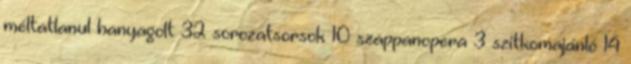
méltatlanul hanyagolt 32 sorozatsorsok 10 szappanopera 3 szitkomajánló 14